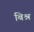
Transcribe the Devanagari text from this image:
बिश्र